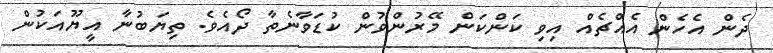
ދެން އެހެން އެއްޗެއް އިވި ކަންކަން މޭރުންވުން ކުޑަވާނެތާ ދޯއެވެ. ތިޔަބުނާ އީޔޫއަކުން